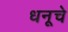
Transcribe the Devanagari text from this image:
धनूचे